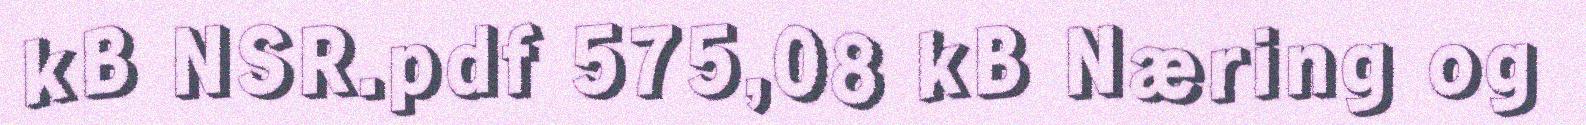
kB NSR.pdf 575,08 kB Næring og